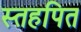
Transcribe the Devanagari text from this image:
स्तहपित